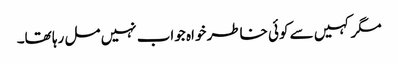
مگر کہیں سے کوئی خاطر خواہ جواب نہیں مل رہا تھا۔